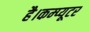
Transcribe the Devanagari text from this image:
है।कम्‍प्‍यूटर